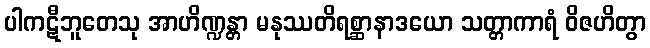
ပါကဋီဘူတေသု အာဟိဏ္ဍန္တာ မနုဿတိရစ္ဆာနာဒယော သတ္တာကာရံ ဝိဇဟိတွာ